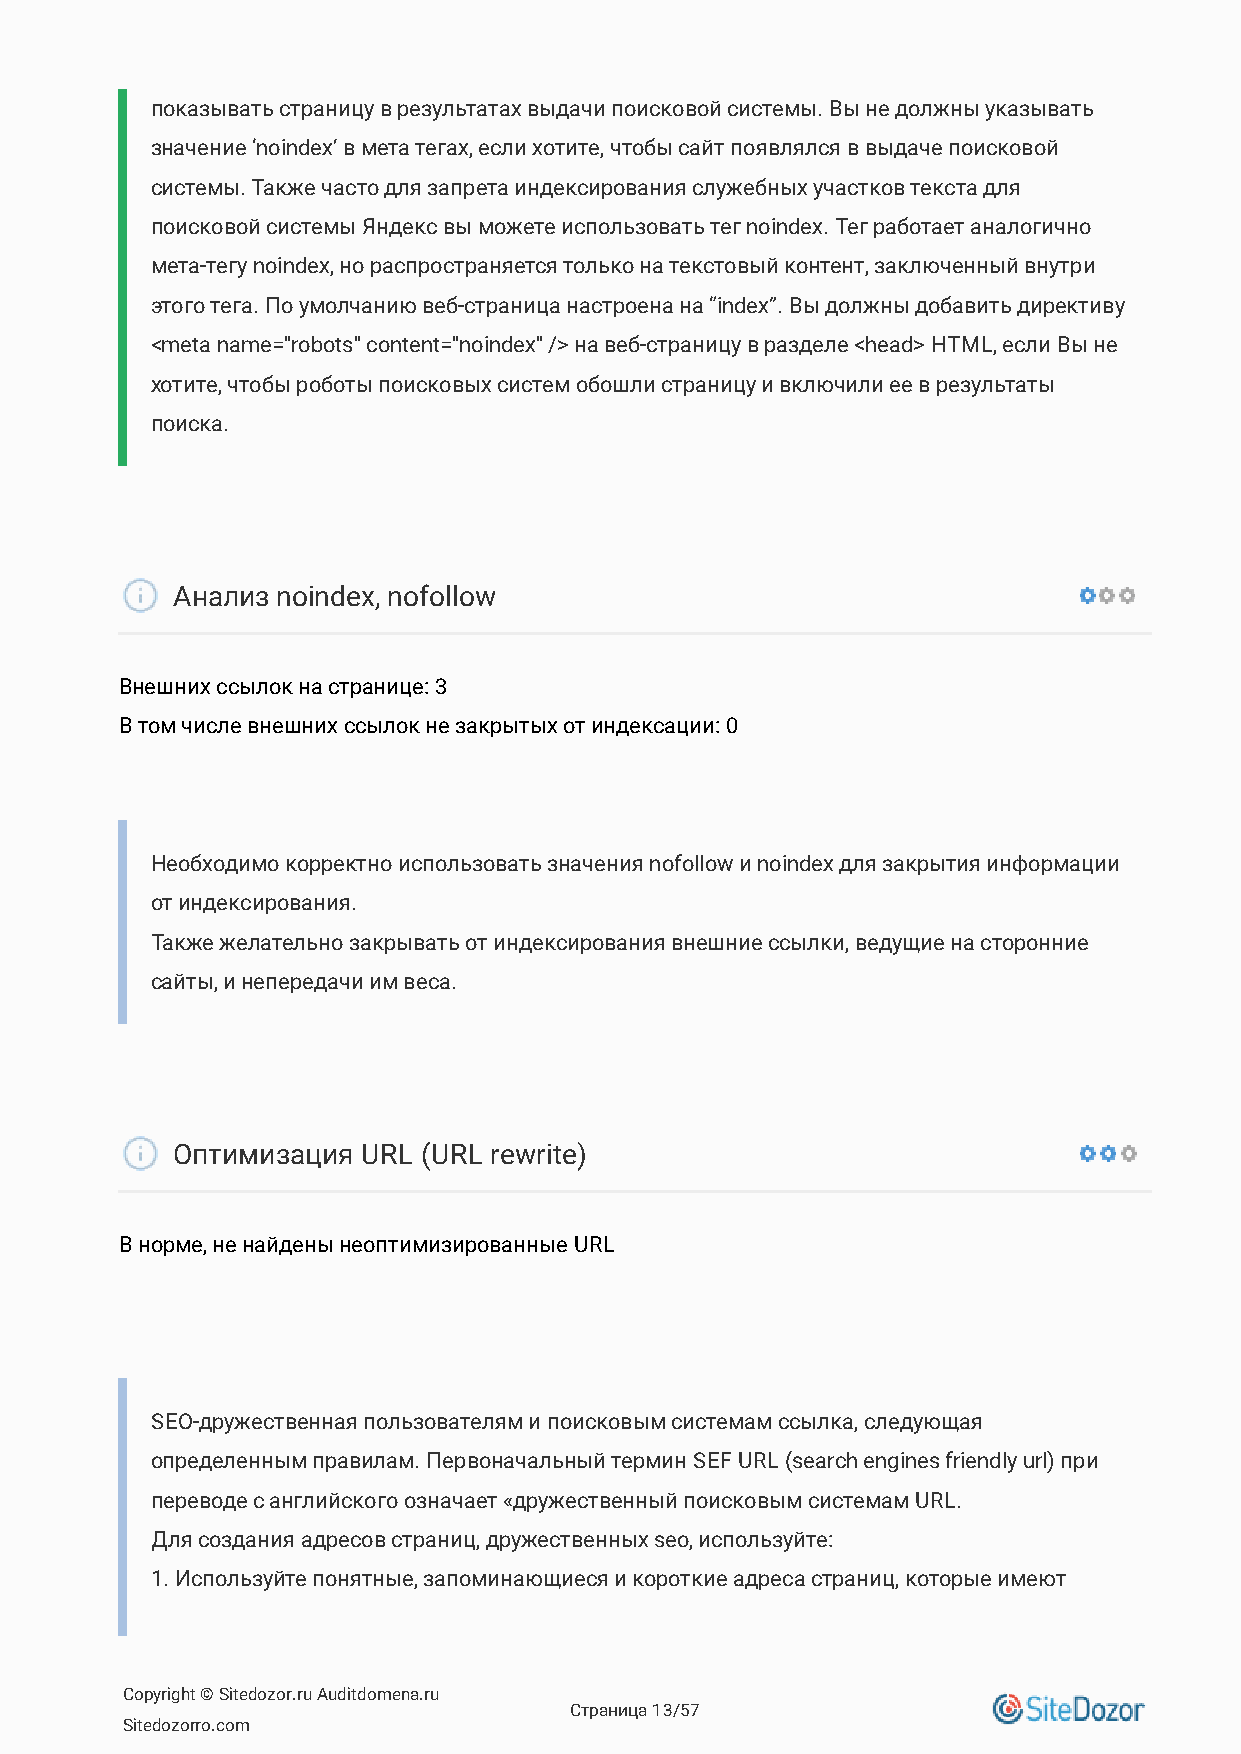
показывать страницу в результатах выдачи поисковой системы. Вы не должны указывать
 значение ‘noindex’ в мета тегах, если хотите, чтобы сайт появлялся в выдаче поисковой
 системы. Также часто для запрета индексирования служебных участков текста для
 поисковой системы Яндекс вы можете использовать тег noindex. Тег работает аналогично
 мета-тегу noindex, но распространяется только на текстовый контент, заключенный внутри
 этого тега. По умолчанию веб-страница настроена на “index”. Вы должны добавить директиву
 <meta name="robots" content="noindex" /> на веб-страницу в разделе <head> HTML, если Вы не
 хотите, чтобы роботы поисковых систем обошли страницу и включили ее в результаты
 поиска.
 Анализ noindex, nofollow
 Внешних ссылок на странице: 3
 В том числе внешних ссылок не закрытых от индексации: 0
 Необходимо корректно использовать значения nofollow и noindex для закрытия информации
 от индексирования.
 Также желательно закрывать от индексирования внешние ссылки, ведущие на сторонние
 сайты, и непередачи им веса.
 Оптимизация  URL (URL rewrite)
 В норме, не найдены неоптимизированные URL
 SEO-дружественная пользователям и поисковым системам ссылка, следующая
 определенным правилам. Первоначальный термин SEF URL (search engines friendly url) при
 переводе с английского означает «дружественный поисковым системам URL.
 Для создания адресов страниц, дружественных seo, используйте:
 1. Используйте понятные, запоминающиеся и короткие адреса страниц, которые имеют
 Copyright © Sitedozor.ru Auditdomena.ru
 Страница 13/57
 Sitedozorro.com